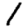
Digit: 1